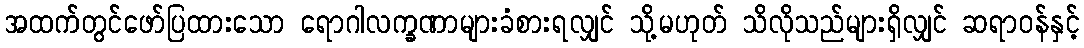
အထက်တွင်ဖော်ပြထားသော ရောဂါလက္ခဏာများခံစားရလျှင် သို့မဟုတ် သိလိုသည်များရှိလျှင် ဆရာဝန်နှင့်